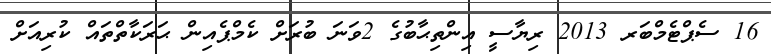
16 ސެޕްޓެމްބަރ 2013 ރިޔާސީ އިންތިޙާބުގެ 2ވަނަ ބުރަށް ކެމްޕެއިން ޙަރަކާތްތައް ކުރިއަށް